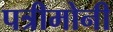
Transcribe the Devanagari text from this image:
पत्रीमोनी